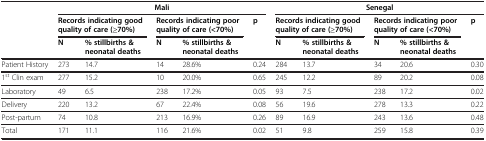
|  | <COLSPAN=5> Mali | <COLSPAN=5> Senegal |
 |  | <COLSPAN=2> Records indicating good quality of care (≥70%) | <COLSPAN=2> Records indicating poor quality of care (<70%) | p | <COLSPAN=2> Records indicating good quality of care (≥70%) | <COLSPAN=2> Records indicating poor quality of care (<70%) | p |
 |  | N | % stillbirths & neonatal deaths | N | % stillbirths & neonatal deaths |  | N | % stillbirths & neonatal deaths | N | % stillbirths & neonatal deaths |  |
 | --- | --- | --- | --- | --- | --- | --- | --- | --- | --- | --- |
 | Patient History | 273 | 14.7 | 14 | 28.6% | 0.24 | 284 | 13.7 | 34 | 20.6 | 0.30 |
 | 1st Clin exam | 277 | 15.2 | 10 | 20.0% | 0.65 | 245 | 12.2 | 89 | 20.2 | 0.08 |
 | Laboratory | 49 | 6.5 | 238 | 17.2% | 0.05 | 93 | 7.5 | 238 | 17.2 | 0.02 |
 | Delivery | 220 | 13.2 | 67 | 22.4% | 0.08 | 56 | 19.6 | 278 | 13.3 | 0.22 |
 | Post-partum | 74 | 10.8 | 213 | 16.9% | 0.26 | 89 | 16.9 | 243 | 13.6 | 0.48 |
 | Total | 171 | 11.1 | 116 | 21.6% | 0.02 | 51 | 9.8 | 259 | 15.8 | 0.39 |